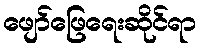
ဖျော်ဖြေရေးဆိုင်ရာ